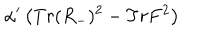
LaTeX: \alpha ^ { \prime } \left( T r ( R _ { - } ) ^ { 2 } - T r F ^ { 2 } \right)